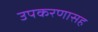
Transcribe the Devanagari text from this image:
उपकरणासह